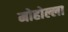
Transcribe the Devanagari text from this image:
मोहोल्ला